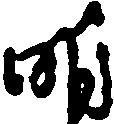
明